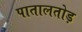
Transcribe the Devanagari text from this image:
पातालतोड़